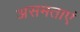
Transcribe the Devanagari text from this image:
असमताएं